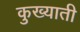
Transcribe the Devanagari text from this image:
कुख्याती